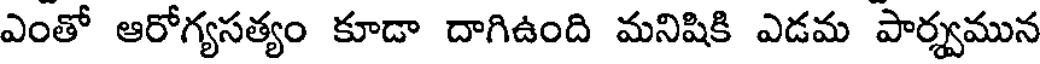
ఎంతో ఆరోగ్యసత్యం కూడా దాగిఉంది మనిషికి ఎడమ పార్వమున